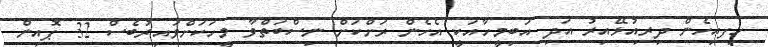
ހިފއިހެން ދިރިއުޅޭއިރު އަދި އަބިމީހާއަކީ އެހެން ރަށްކަށް ނިސްބަތްވާ މީހަކަށްވައިރުބެސް 32 ޕޮއިން